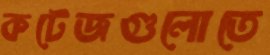
কটেজগুলোতে